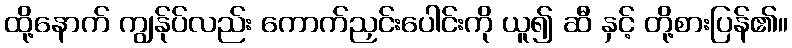
ထို့နောက် ကျွန်ုပ်လည်း ကောက်ညှင်းပေါင်းကို ယူ၍ ဆီ နှင့် တို့စားပြန်၏။